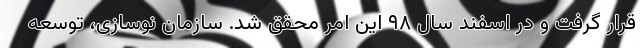
قرار گرفت و در اسفند سال ۹۸ این امر محقق شد. سازمان نوسازی، توسعه